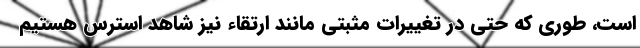
است، طوری که حتی در تغییرات مثبتی مانند ارتقاء نیز شاهد استرس هستیم